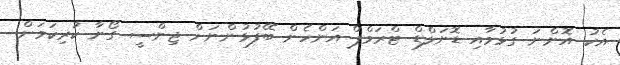
އެކު އޮންނަ ގުޅުމާއި ޑޮނަލްޑް ޓްރަމްޕް އަންހެން ބޭފުޅުންނަށް ޖިންސީ ގޯނާ ކުރިކަމަށް